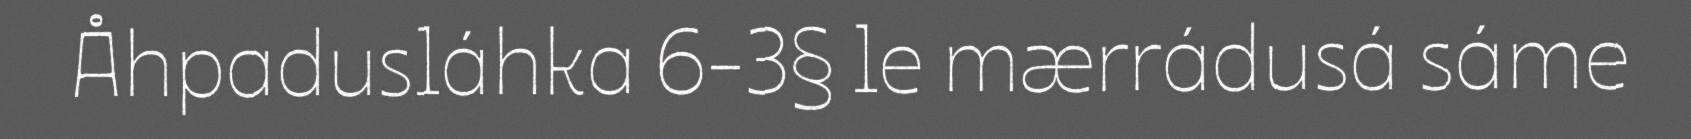
Åhpadusláhka 6-3§ le mærrádusá sáme